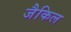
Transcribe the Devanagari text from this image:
जैकिल